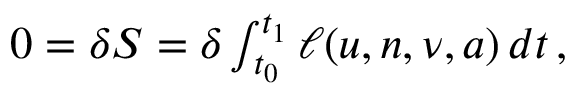
\begin{array} { r } { 0 = \delta S = \delta \int _ { t _ { 0 } } ^ { t _ { 1 } } \ell ( u , n , \nu , a ) \, d t \, , } \end{array}